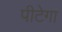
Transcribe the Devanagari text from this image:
पीटेगा